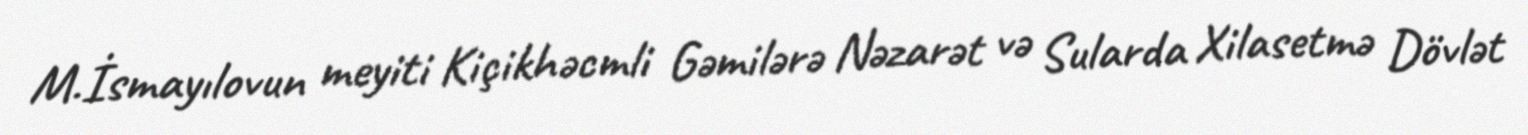
M.İsmayılovun meyiti Kiçikhəcmli Gəmilərə Nəzarət və Sularda Xilasetmə Dövlət